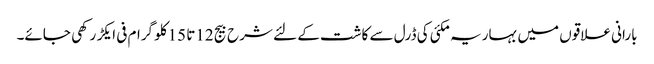
بارانی علاقوں میں بہاریہ مکئی کی ڈرل سے کاشت کے لئے شرح بیج 12تا 15کلو گرام فی ایکڑ رکھی جائے۔